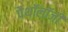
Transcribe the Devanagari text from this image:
पैथॉलॉजी